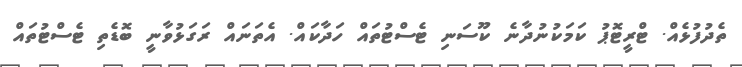
ތެދުފުޅެއް. ޓްރީޓޮޕު ކަމަކުނުދާނެ ކޫސަނި ޓެސްޓުތައް ހަދާކައް. އެތަނައް ރަގަޅުވާނީ ބޮޑެތި ޓެސްޓުތައް